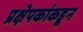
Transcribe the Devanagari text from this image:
प्रक्षेपकांकडून